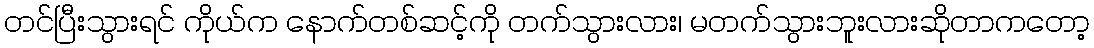
တင်ပြီးသွားရင် ကိုယ်က နောက်တစ်ဆင့်ကို တက်သွားလား၊ မတက်သွားဘူးလားဆိုတာကတော့